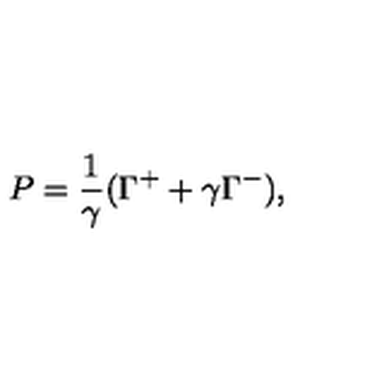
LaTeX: P = \frac { 1 } { \gamma } ( \Gamma ^ { + } + \gamma \Gamma ^ { - } ) ,